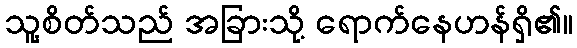
သူ့စိတ်သည် အခြားသို့ ရောက်နေဟန်ရှိ၏။